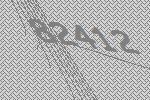
82412